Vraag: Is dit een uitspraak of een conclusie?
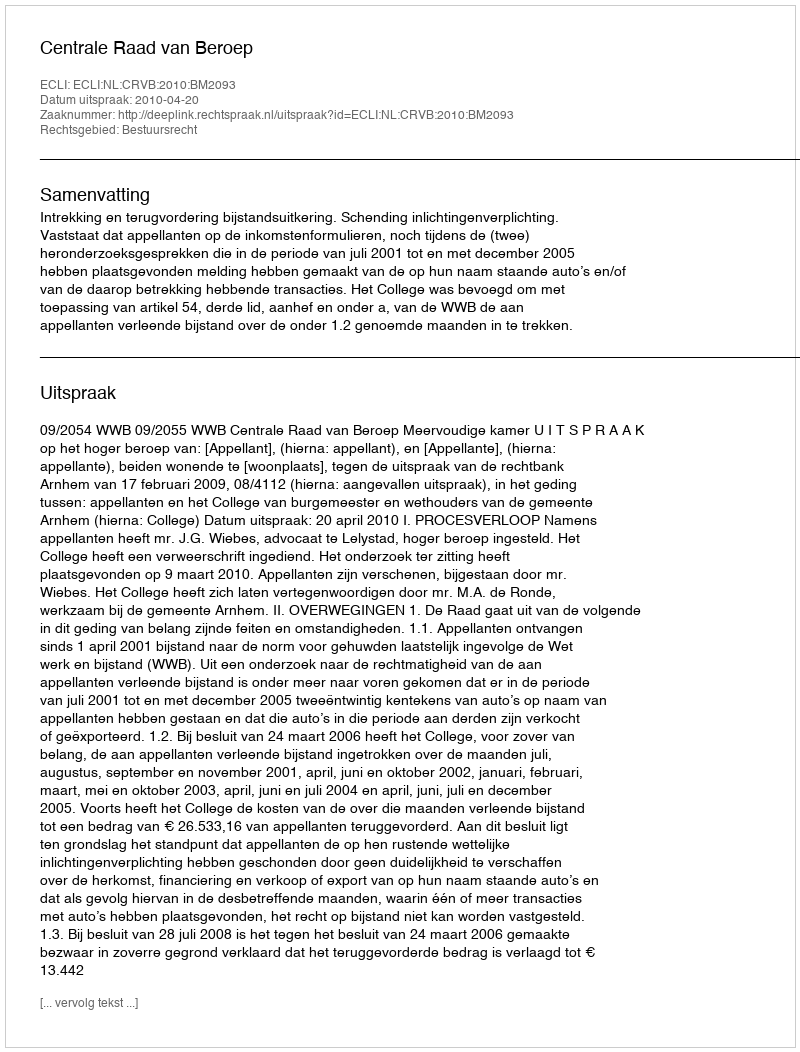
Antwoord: Uitspraak